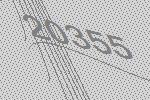
20355